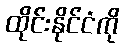
ထိုင်းနိုင်ငံကို